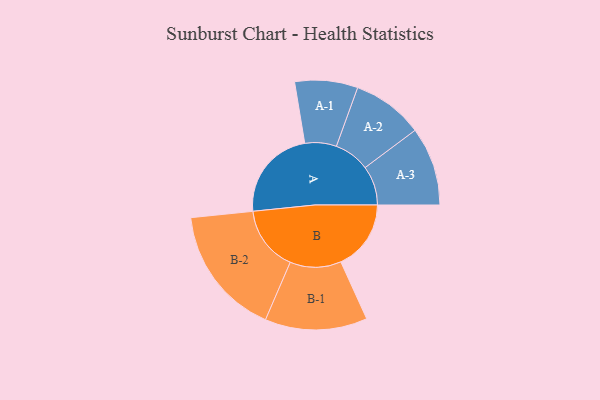
{"axis": {"x": "Segment", "y": "Value"}, "legend": ["", "A", "B"], "data": [{"x": "A", "y": 423, "type": ""}, {"x": "B", "y": 321, "type": ""}, {"x": "A-1", "y": 144, "type": "A"}, {"x": "A-2", "y": 163, "type": "A"}, {"x": "A-3", "y": 180, "type": "A"}, {"x": "B-1", "y": 234, "type": "B"}, {"x": "B-2", "y": 298, "type": "B"}]}